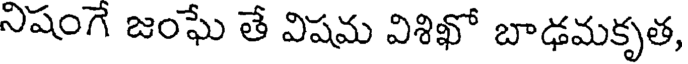
నిషంగే జంఘే తే విషమ విశిఖో బాఢమకృత,